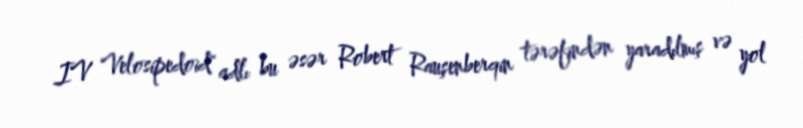
IV Velosipedoid" adlı bu əsər Robert Rauşenberqin tərəfindən yaradılmış və yol